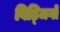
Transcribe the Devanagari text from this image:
विड्जिगो